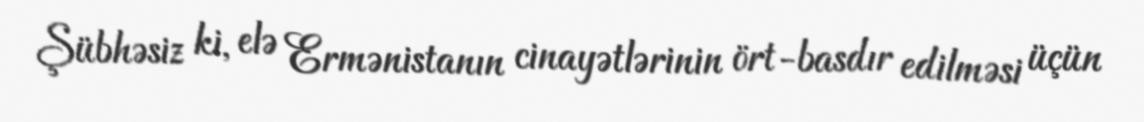
Şübhəsiz ki, elə Ermənistanın cinayətlərinin ört-basdır edilməsi üçün